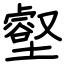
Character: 壑